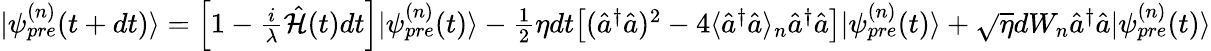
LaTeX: \begin{array}{r}{|\psi_{pre}^{(n)}(t+dt)\rangle=\Big[1-\frac{i}{\lambda}\hat{\mathcal{H}}(t)dt\Big]|\psi_{pre}^{(n)}(t)\rangle-\frac{1}{2}\eta dt\big[(\hat{a}^{\dagger}\hat{a})^{2}-4\langle\hat{a}^{\dagger}\hat{a}\rangle_{n}\hat{a}^{\dagger}\hat{a}\big]|\psi_{pre}^{(n)}(t)\rangle+\sqrt{\eta}dW_{n}\hat{a}^{\dagger}\hat{a}|\psi_{pre}^{(n)}(t)\rangle}\end{array}